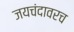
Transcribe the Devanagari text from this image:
जयचंदावरच